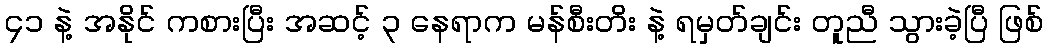
၄၁ နဲ့ အနိုင် ကစားပြီး အဆင့် ၃ နေရာက မန်စီးတိး နဲ့ ရမှတ်ချင်း တူညီ သွားခဲ့ပြီ ဖြစ်